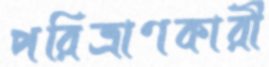
পরিত্রাণকারী